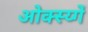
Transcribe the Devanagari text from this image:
ओक्स्य्गें